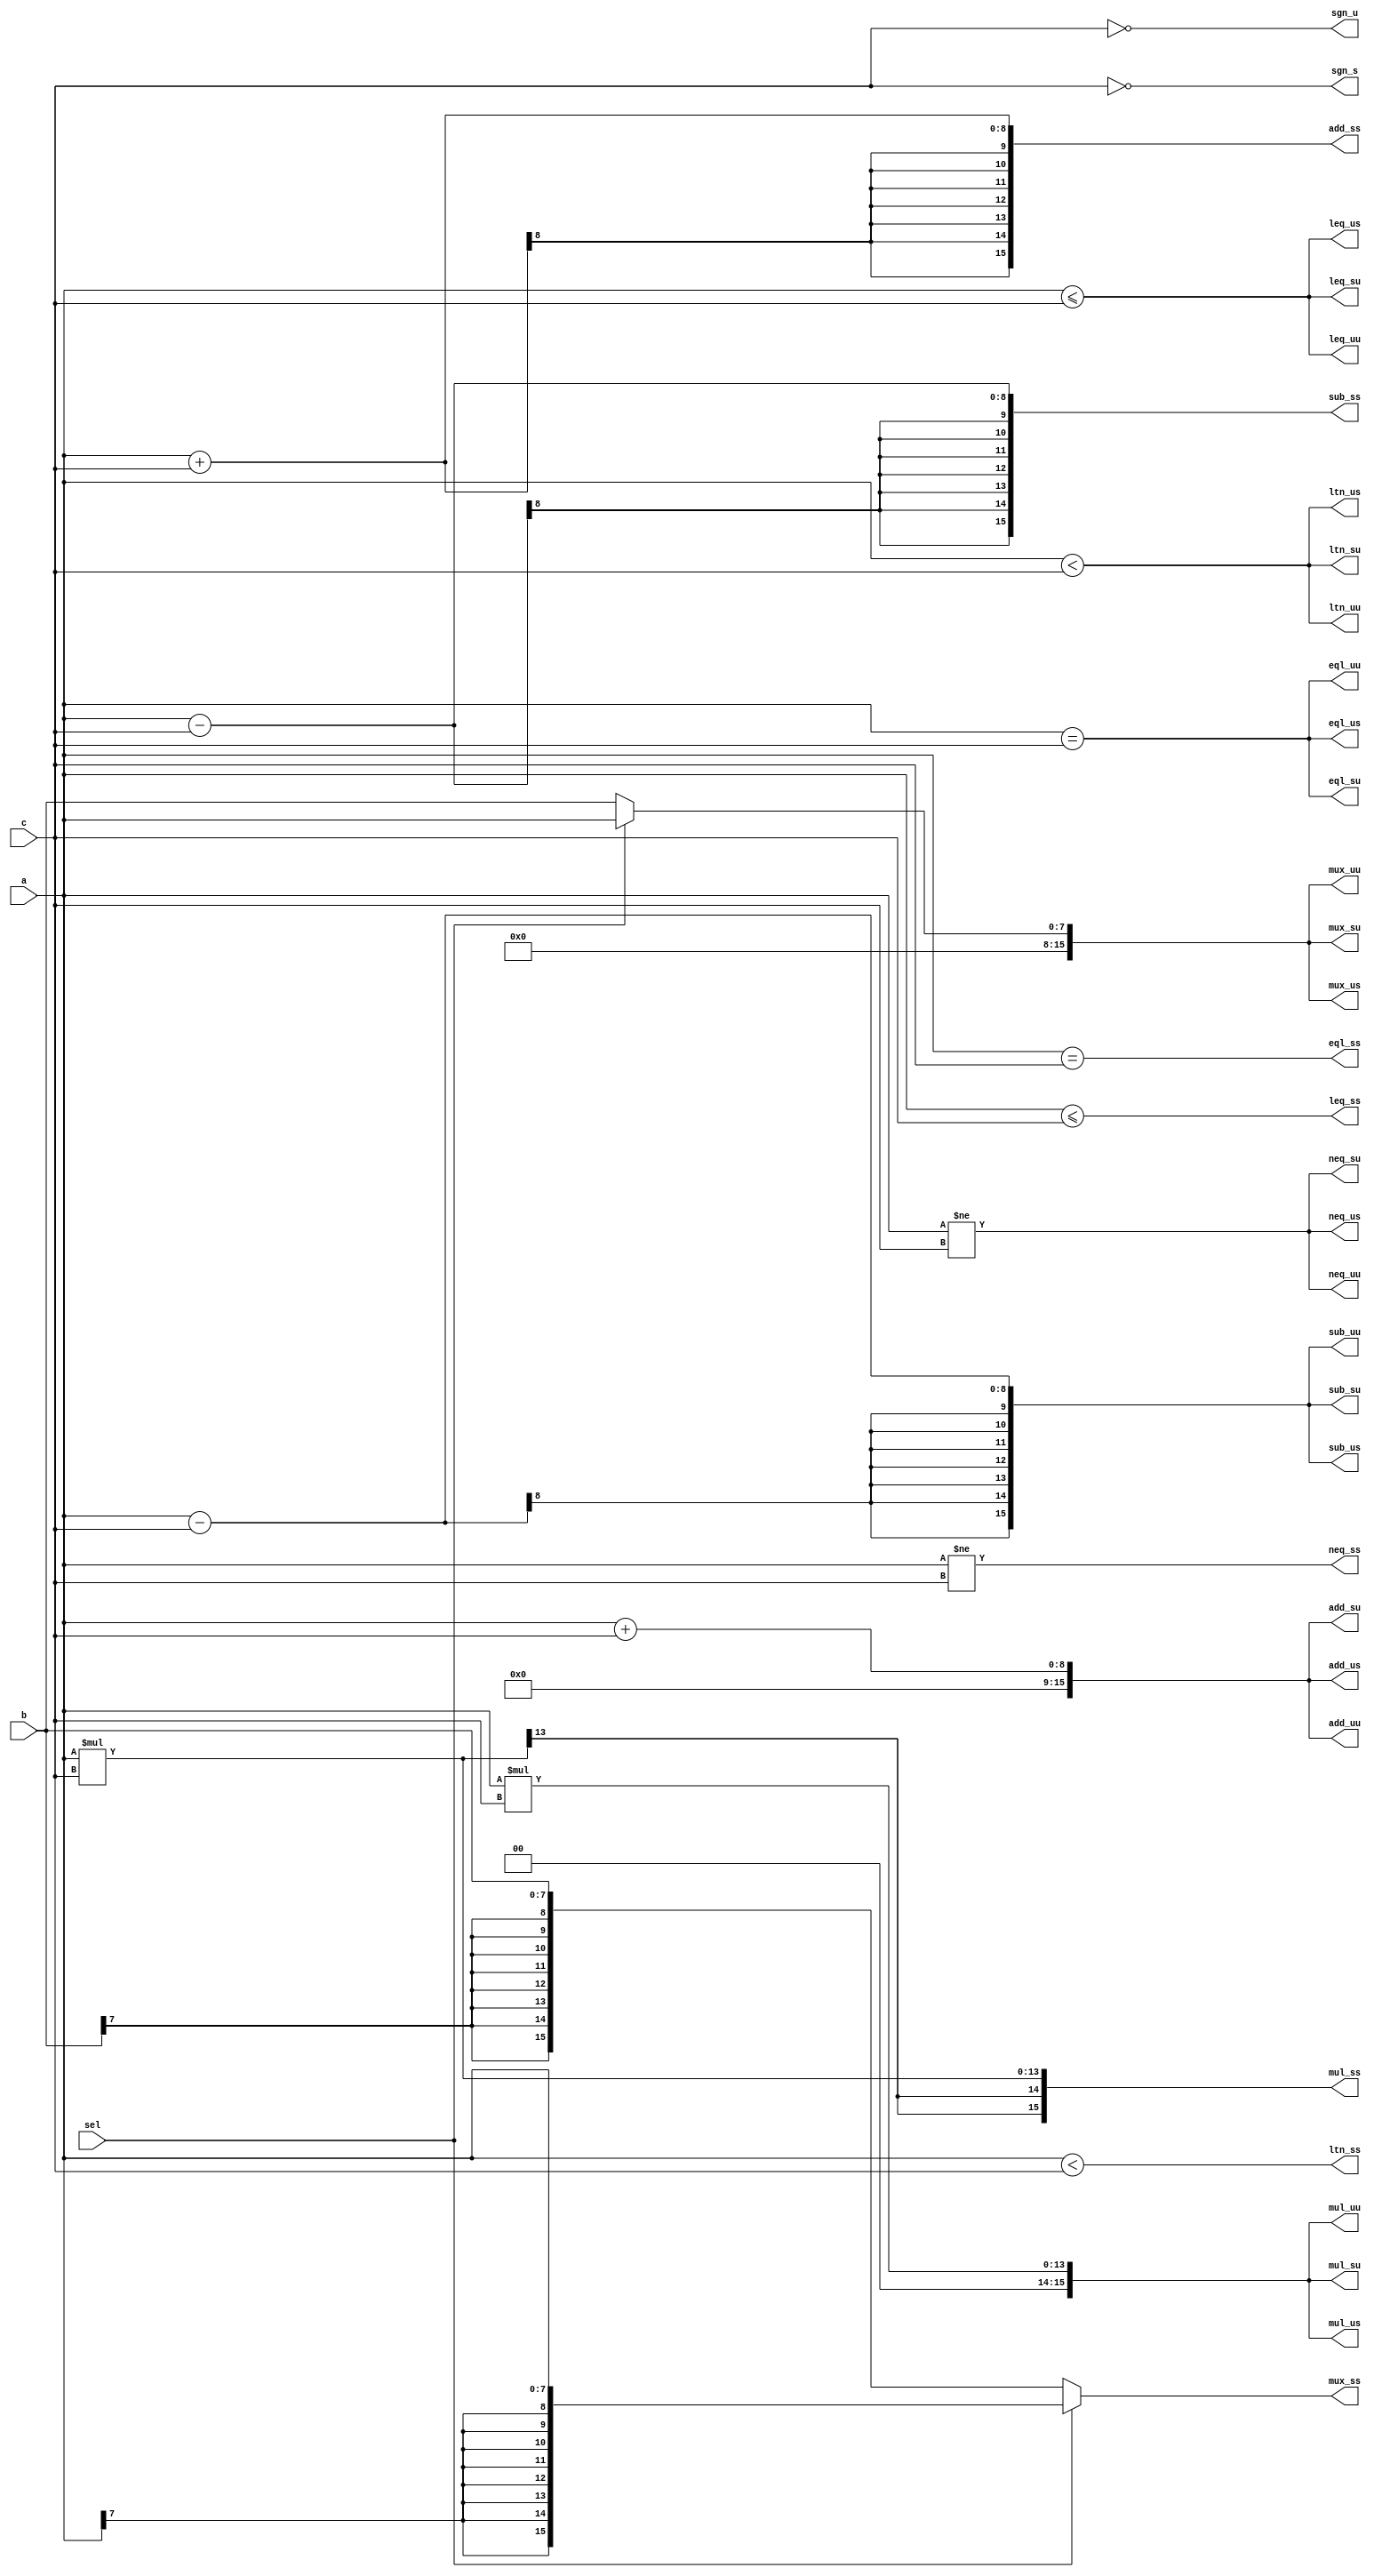
module signed_operators(
    sel,
    a, b,
    c,
    mux_uu, mux_us, mux_su, mux_ss,
    eql_uu, eql_us, eql_su, eql_ss,
    neq_uu, neq_us, neq_su, neq_ss,
    sgn_u,  sgn_s,
    add_uu, add_us, add_su, add_ss,
    sub_uu, sub_us, sub_su, sub_ss,
    mul_uu, mul_us, mul_su, mul_ss,
    ltn_uu, ltn_us, ltn_su, ltn_ss,
    leq_uu, leq_us, leq_su, leq_ss
    );
input         sel;
input   [7:0] a, b;
input   [5:0] c;
output [15:0] mux_uu, mux_us, mux_su, mux_ss;
output        eql_uu, eql_us, eql_su, eql_ss;
output        neq_uu, neq_us, neq_su, neq_ss;
output [15:0] sgn_u,  sgn_s;
output [15:0] add_uu, add_us, add_su, add_ss;
output [15:0] sub_uu, sub_us, sub_su, sub_ss;
output [15:0] mul_uu, mul_us, mul_su, mul_ss;
output        ltn_uu, ltn_us, ltn_su, ltn_ss;
output        leq_uu, leq_us, leq_su, leq_ss;
assign mux_uu = sel ?         a  :         b ;
assign mux_us = sel ?         a  : $signed(b);
assign mux_su = sel ? $signed(a) :         b ;
assign mux_ss = sel ? $signed(a) : $signed(b);
assign eql_uu =         a  ==         c ;
assign eql_us =         a  == $signed(c);
assign eql_su = $signed(a) ==         c ;
assign eql_ss = $signed(a) == $signed(c);
assign neq_uu =         a  !=         c ;
assign neq_us =         a  != $signed(c);
assign neq_su = $signed(a) !=         c ;
assign neq_ss = $signed(a) != $signed(c);
assign sgn_u = ~$unsigned(c) ;
assign sgn_s = ~$signed(c) ;
assign add_uu =         a  +         c ;
assign add_us =         a  + $signed(c);
assign add_su = $signed(a) +         c ;
assign add_ss = $signed(a) + $signed(c);
assign sub_uu =         a  -         c ;
assign sub_us =         a  - $signed(c);
assign sub_su = $signed(a) -         c ;
assign sub_ss = $signed(a) - $signed(c);
assign mul_uu =         a  *         c ;
assign mul_us =         a  * $signed(c);
assign mul_su = $signed(a) *         c ;
assign mul_ss = $signed(a) * $signed(c);
assign ltn_uu =         a  <         c ;
assign ltn_us =         a  < $signed(c);
assign ltn_su = $signed(a) <         c ;
assign ltn_ss = $signed(a) < $signed(c);
assign leq_uu =         a  <=         c ;
assign leq_us =         a  <= $signed(c);
assign leq_su = $signed(a) <=         c ;
assign leq_ss = $signed(a) <= $signed(c);
endmodule